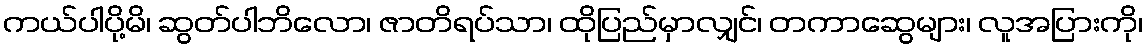
ကယ်ပါပို့မိ၊ ဆွတ်ပါဘိလော၊ ဇာတိရပ်သာ၊ ထိုပြည်မှာလျှင်၊ တကာဆွေများ၊ လူအပြားကို၊